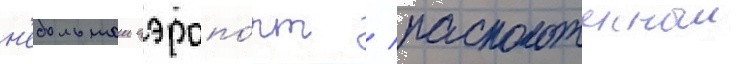
н'ебольшои аэропо́рт / расположенныи